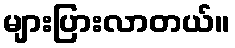
များပြားလာတယ်။